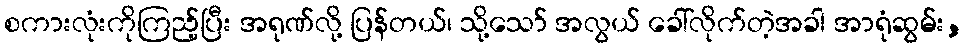
စကားလုံးကိုကြည့်ပြီး အရုဏ်လို့ ပြန်တယ်၊ သို့သော် အလွယ် ခေါ်လိုက်တဲ့အခါ အာရုံဆွမ်း,